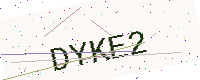
Text: DYKE2